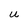
Character: U